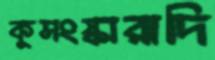
কুসংস্কারাদি